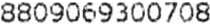
8809069300708